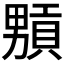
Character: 𤳢